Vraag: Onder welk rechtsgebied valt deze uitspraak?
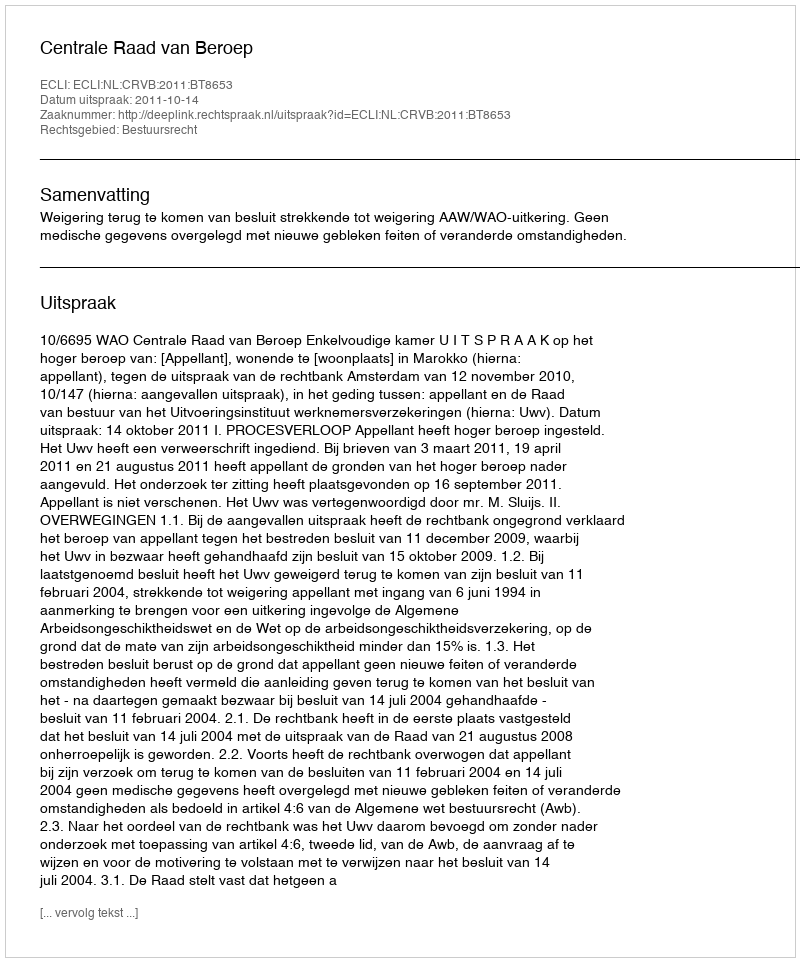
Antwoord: Bestuursrecht